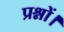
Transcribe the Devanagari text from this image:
प्रश्नों।